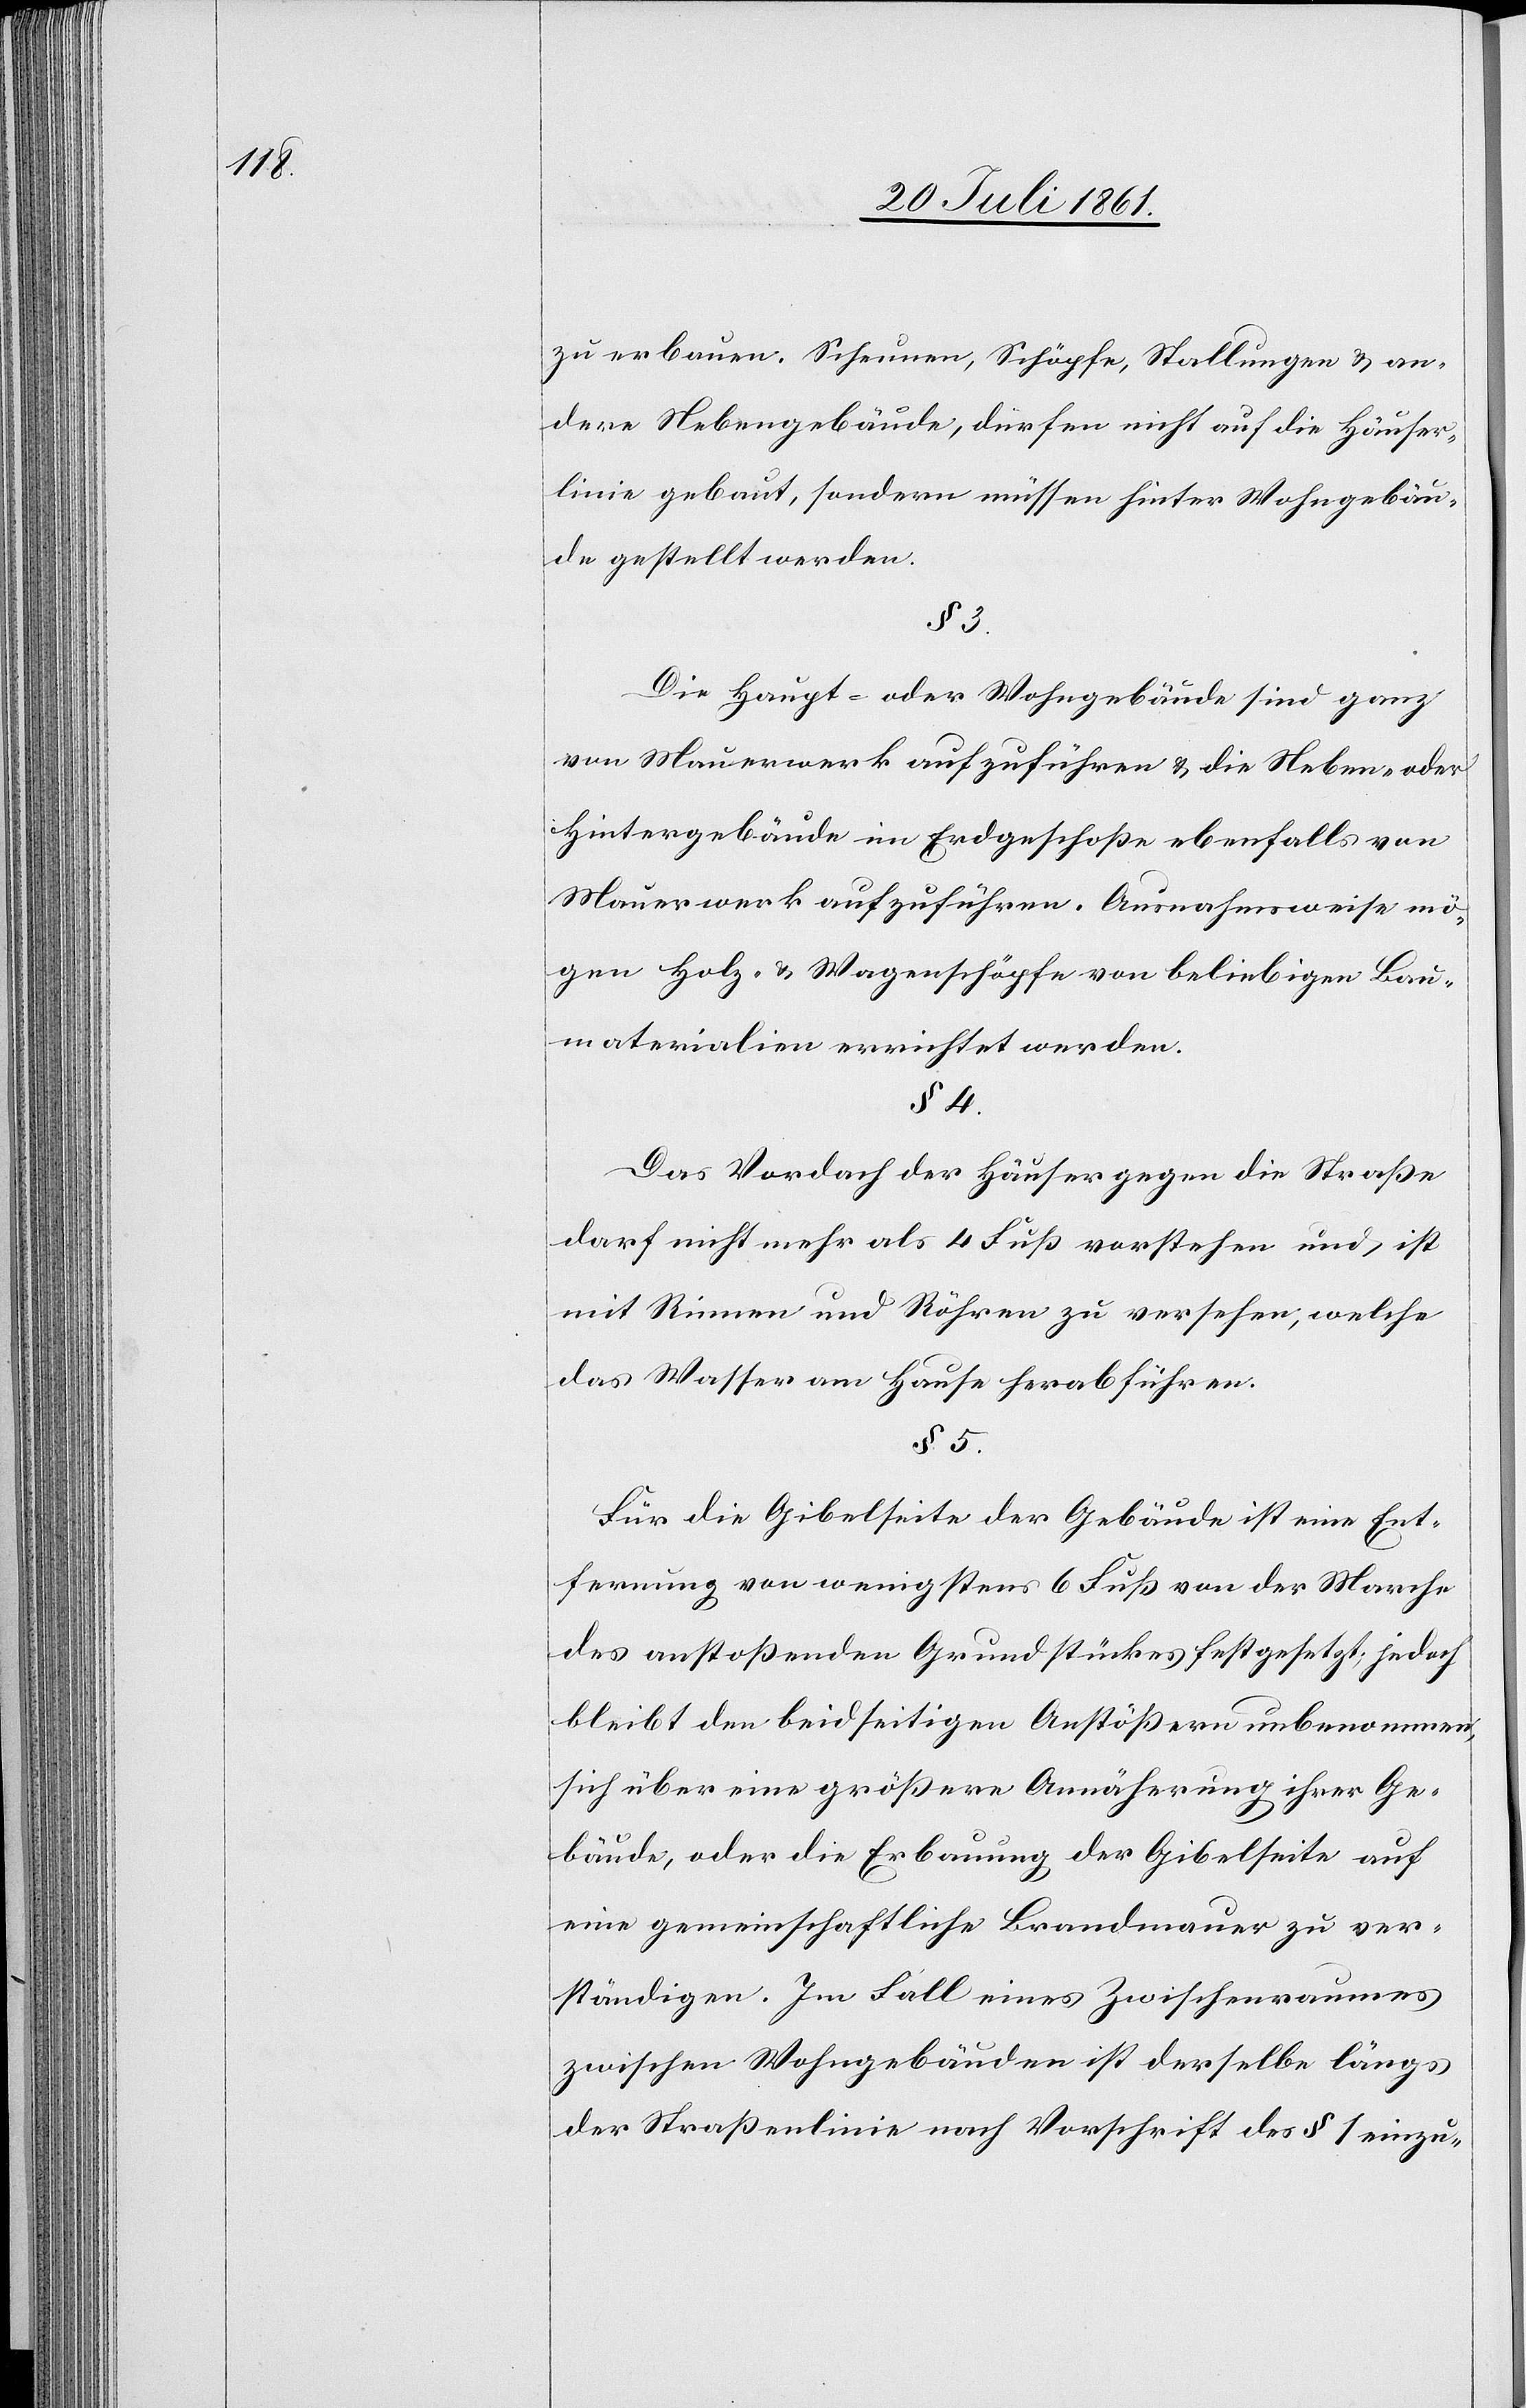
zu erbauen. Scheunen, Schöpfe, Stallungen u. an¬
dere Nebengebäude, dürfen nicht auf die Häuser¬
linie gebaut, sondern müssen hinter Wohngebäu¬
de gestellt werden.
§ 3.
Die Haupt- oder Wohngebäude sind ganz
von Mauerwerk aufzuführen u. die Neben- oder
Hintergebäude im Erdgeschoße ebenfalls von
Mauerwerk aufzuführen. Ausnahmsweise mö¬
gen Holz- u. Wagenschöpfe von beliebigen Bau¬
materialien errichtet werden.
§ 4.
Das Vordach der Häuser gegen die Straße
darf nicht mehr als 4 Fuß vorstehen und ist
mit Rinnen und Röhren zu versehen, welche
das Wasser am Hause herabführen.
§ 5.
Für die Gibelseite der Gebäude ist eine Ent¬
fernung von wenigstens 6 Fuß von der Marche
des anstoßenden Grundstückes festgesetzt, jedoch
bleibt den beidseitigen Anstößern unbenommen,
sich über eine größere Annäherung ihrer Ge¬
bäude, oder die Erbauung der Gibelseite auf
eine gemeindschaftliche Brandmauer zu ver¬
ständigen. Im Fall eines Zwischenraumes
zwischen Wohngebäuden ist derselbe längs
der Straßenlinie nach Vorschrift des § 1 einzu-